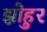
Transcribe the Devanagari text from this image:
झोहुर